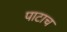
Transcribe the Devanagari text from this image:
पाटाच